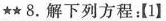
★★ 8.解下列方程：【1】